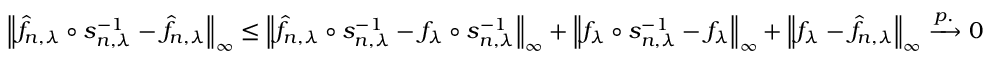
\Big \| \hat { f } _ { n , \lambda } \circ s _ { n , \lambda } ^ { - 1 } - \hat { f } _ { n , \lambda } \Big \| _ { \infty } \leq \Big \| \hat { f } _ { n , \lambda } \circ s _ { n , \lambda } ^ { - 1 } - f _ { \lambda } \circ s _ { n , \lambda } ^ { - 1 } \Big \| _ { \infty } + \Big \| f _ { \lambda } \circ s _ { n , \lambda } ^ { - 1 } - f _ { \lambda } \Big \| _ { \infty } + \Big \| f _ { \lambda } - \hat { f } _ { n , \lambda } \Big \| _ { \infty } \xrightarrow [ ] { p . } 0